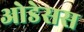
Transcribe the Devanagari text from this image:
ओडेसस